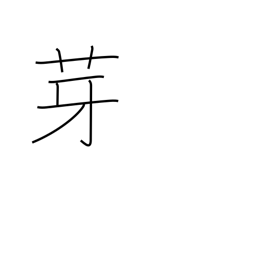
Meaning: spear